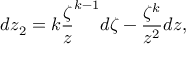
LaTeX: d z _ { 2 } = k \frac { \zeta } { z } ^ { k - 1 } d \zeta - \frac { \zeta ^ { k } } { z ^ { 2 } } d z ,